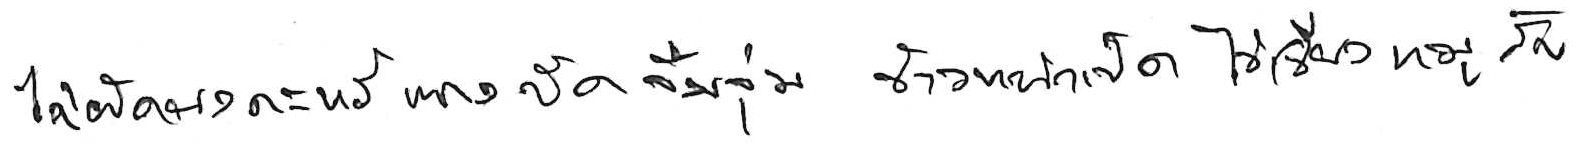
ไก่ผัดผงกะหรี่ แกงจืด จิ้มจุ่ม ข้าวหน้าเป็ด ไข่เจียวหมูสับ